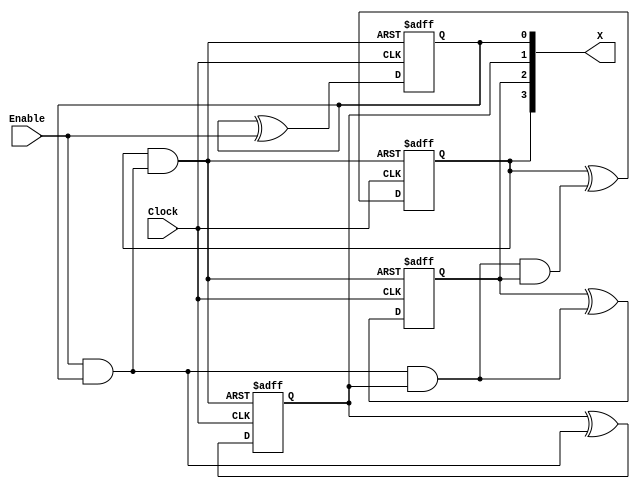
// Copyright (C) 2023  Intel Corporation. All rights reserved.
// Your use of Intel Corporation's design tools, logic functions 
// and other software and tools, and any partner logic 
// functions, and any output files from any of the foregoing 
// (including device programming or simulation files), and any 
// associated documentation or information are expressly subject 
// to the terms and conditions of the Intel Program License 
// Subscription Agreement, the Intel Quartus Prime License Agreement,
// the Intel FPGA IP License Agreement, or other applicable license
// agreement, including, without limitation, that your use is for
// the sole purpose of programming logic devices manufactured by
// Intel and sold by Intel or its authorized distributors.  Please
// refer to the applicable agreement for further details, at
// https://fpgasoftware.intel.com/eula.

// PROGRAM		"Quartus Prime"
// VERSION		"Version 22.1std.1 Build 917 02/14/2023 SC Standard Edition"
// CREATED		"Sat Apr 20 02:18:49 2024"

module testCounter(
	Clock,
	Enable,
	X
);


input wire	Clock;
input wire	Enable;
output wire	[3:0] X;

reg	[3:0] X_ALTERA_SYNTHESIZED;
wire	SYNTHESIZED_WIRE_10;
wire	SYNTHESIZED_WIRE_11;
wire	SYNTHESIZED_WIRE_3;
wire	SYNTHESIZED_WIRE_12;





always@(posedge Clock or negedge SYNTHESIZED_WIRE_10)
begin
if (!SYNTHESIZED_WIRE_10)
	begin
	X_ALTERA_SYNTHESIZED[0] <= 0;
	end
else
	X_ALTERA_SYNTHESIZED[0] <= X_ALTERA_SYNTHESIZED[0] ^ Enable;
end

assign	SYNTHESIZED_WIRE_10 = ~(X_ALTERA_SYNTHESIZED[3] & SYNTHESIZED_WIRE_11);


always@(posedge Clock or negedge SYNTHESIZED_WIRE_10)
begin
if (!SYNTHESIZED_WIRE_10)
	begin
	X_ALTERA_SYNTHESIZED[3] <= 0;
	end
else
	X_ALTERA_SYNTHESIZED[3] <= X_ALTERA_SYNTHESIZED[3] ^ SYNTHESIZED_WIRE_3;
end

assign	SYNTHESIZED_WIRE_11 = Enable & X_ALTERA_SYNTHESIZED[0];

assign	SYNTHESIZED_WIRE_12 = SYNTHESIZED_WIRE_11 & X_ALTERA_SYNTHESIZED[1];

assign	SYNTHESIZED_WIRE_3 = SYNTHESIZED_WIRE_12 & X_ALTERA_SYNTHESIZED[2];


always@(posedge Clock or negedge SYNTHESIZED_WIRE_10)
begin
if (!SYNTHESIZED_WIRE_10)
	begin
	X_ALTERA_SYNTHESIZED[2] <= 0;
	end
else
	X_ALTERA_SYNTHESIZED[2] <= X_ALTERA_SYNTHESIZED[2] ^ SYNTHESIZED_WIRE_12;
end


always@(posedge Clock or negedge SYNTHESIZED_WIRE_10)
begin
if (!SYNTHESIZED_WIRE_10)
	begin
	X_ALTERA_SYNTHESIZED[1] <= 0;
	end
else
	X_ALTERA_SYNTHESIZED[1] <= X_ALTERA_SYNTHESIZED[1] ^ SYNTHESIZED_WIRE_11;
end

assign	X = X_ALTERA_SYNTHESIZED;

endmodule